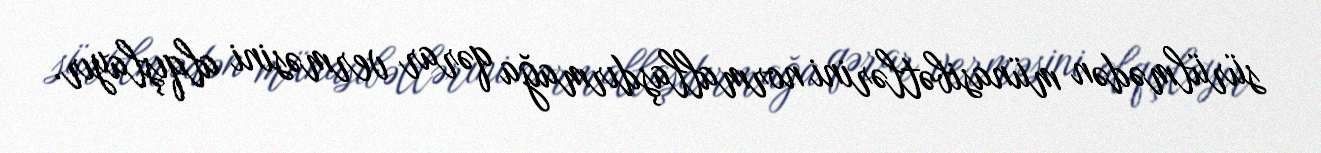
sürülmədən münasibətlərini normallaşdırmağa qərar verməsini alqışlayır.